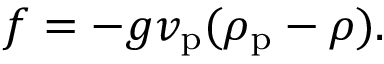
f = - g v _ { \mathrm { p } } ( \rho _ { \mathrm { p } } - \rho ) .